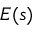
E ( s )